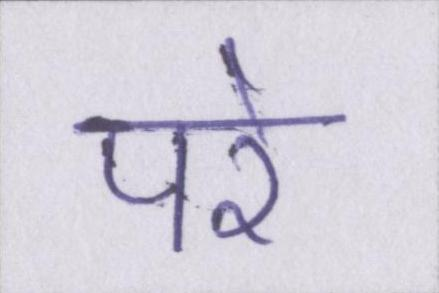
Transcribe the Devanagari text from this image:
परे